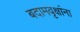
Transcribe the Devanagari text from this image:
बदामवृक्षांना